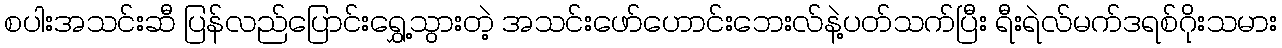
စပါးအသင်းဆီ ပြန်လည်ပြောင်းရွှေ့သွားတဲ့ အသင်းဖော်ဟောင်းဘေးလ်နဲ့ပတ်သက်ပြီး ရီးရဲလ်မက်ဒရစ်ဂိုးသမား